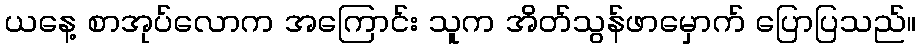
ယနေ့ စာအုပ်လောက အကြောင်း သူက အိတ်သွန်ဖာမှောက် ပြောပြသည်။